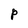
Character: P